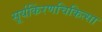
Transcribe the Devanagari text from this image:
सूर्यकिंरणचिकित्सा